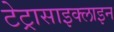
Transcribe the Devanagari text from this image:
टेट्रासाइक्लाइन